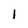
Character: l